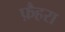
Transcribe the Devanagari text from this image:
फ़ैहरा